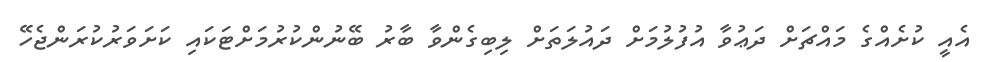
އެއީ ކުށެއްގެ މައްޗަށް ދަޢުވާ އުފުލުމަށް ދައުލަތަށް ލިބިގެންވާ ބާރު ބޭނުންކުރުމަށްޓަކައި ކަށަވަރުކުރަންޖެހޭ